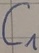
Text: C1